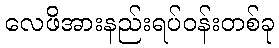
လေဖိအားနည်းရပ်ဝန်းတစ်ခု